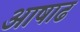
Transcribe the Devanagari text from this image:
अाषाढ